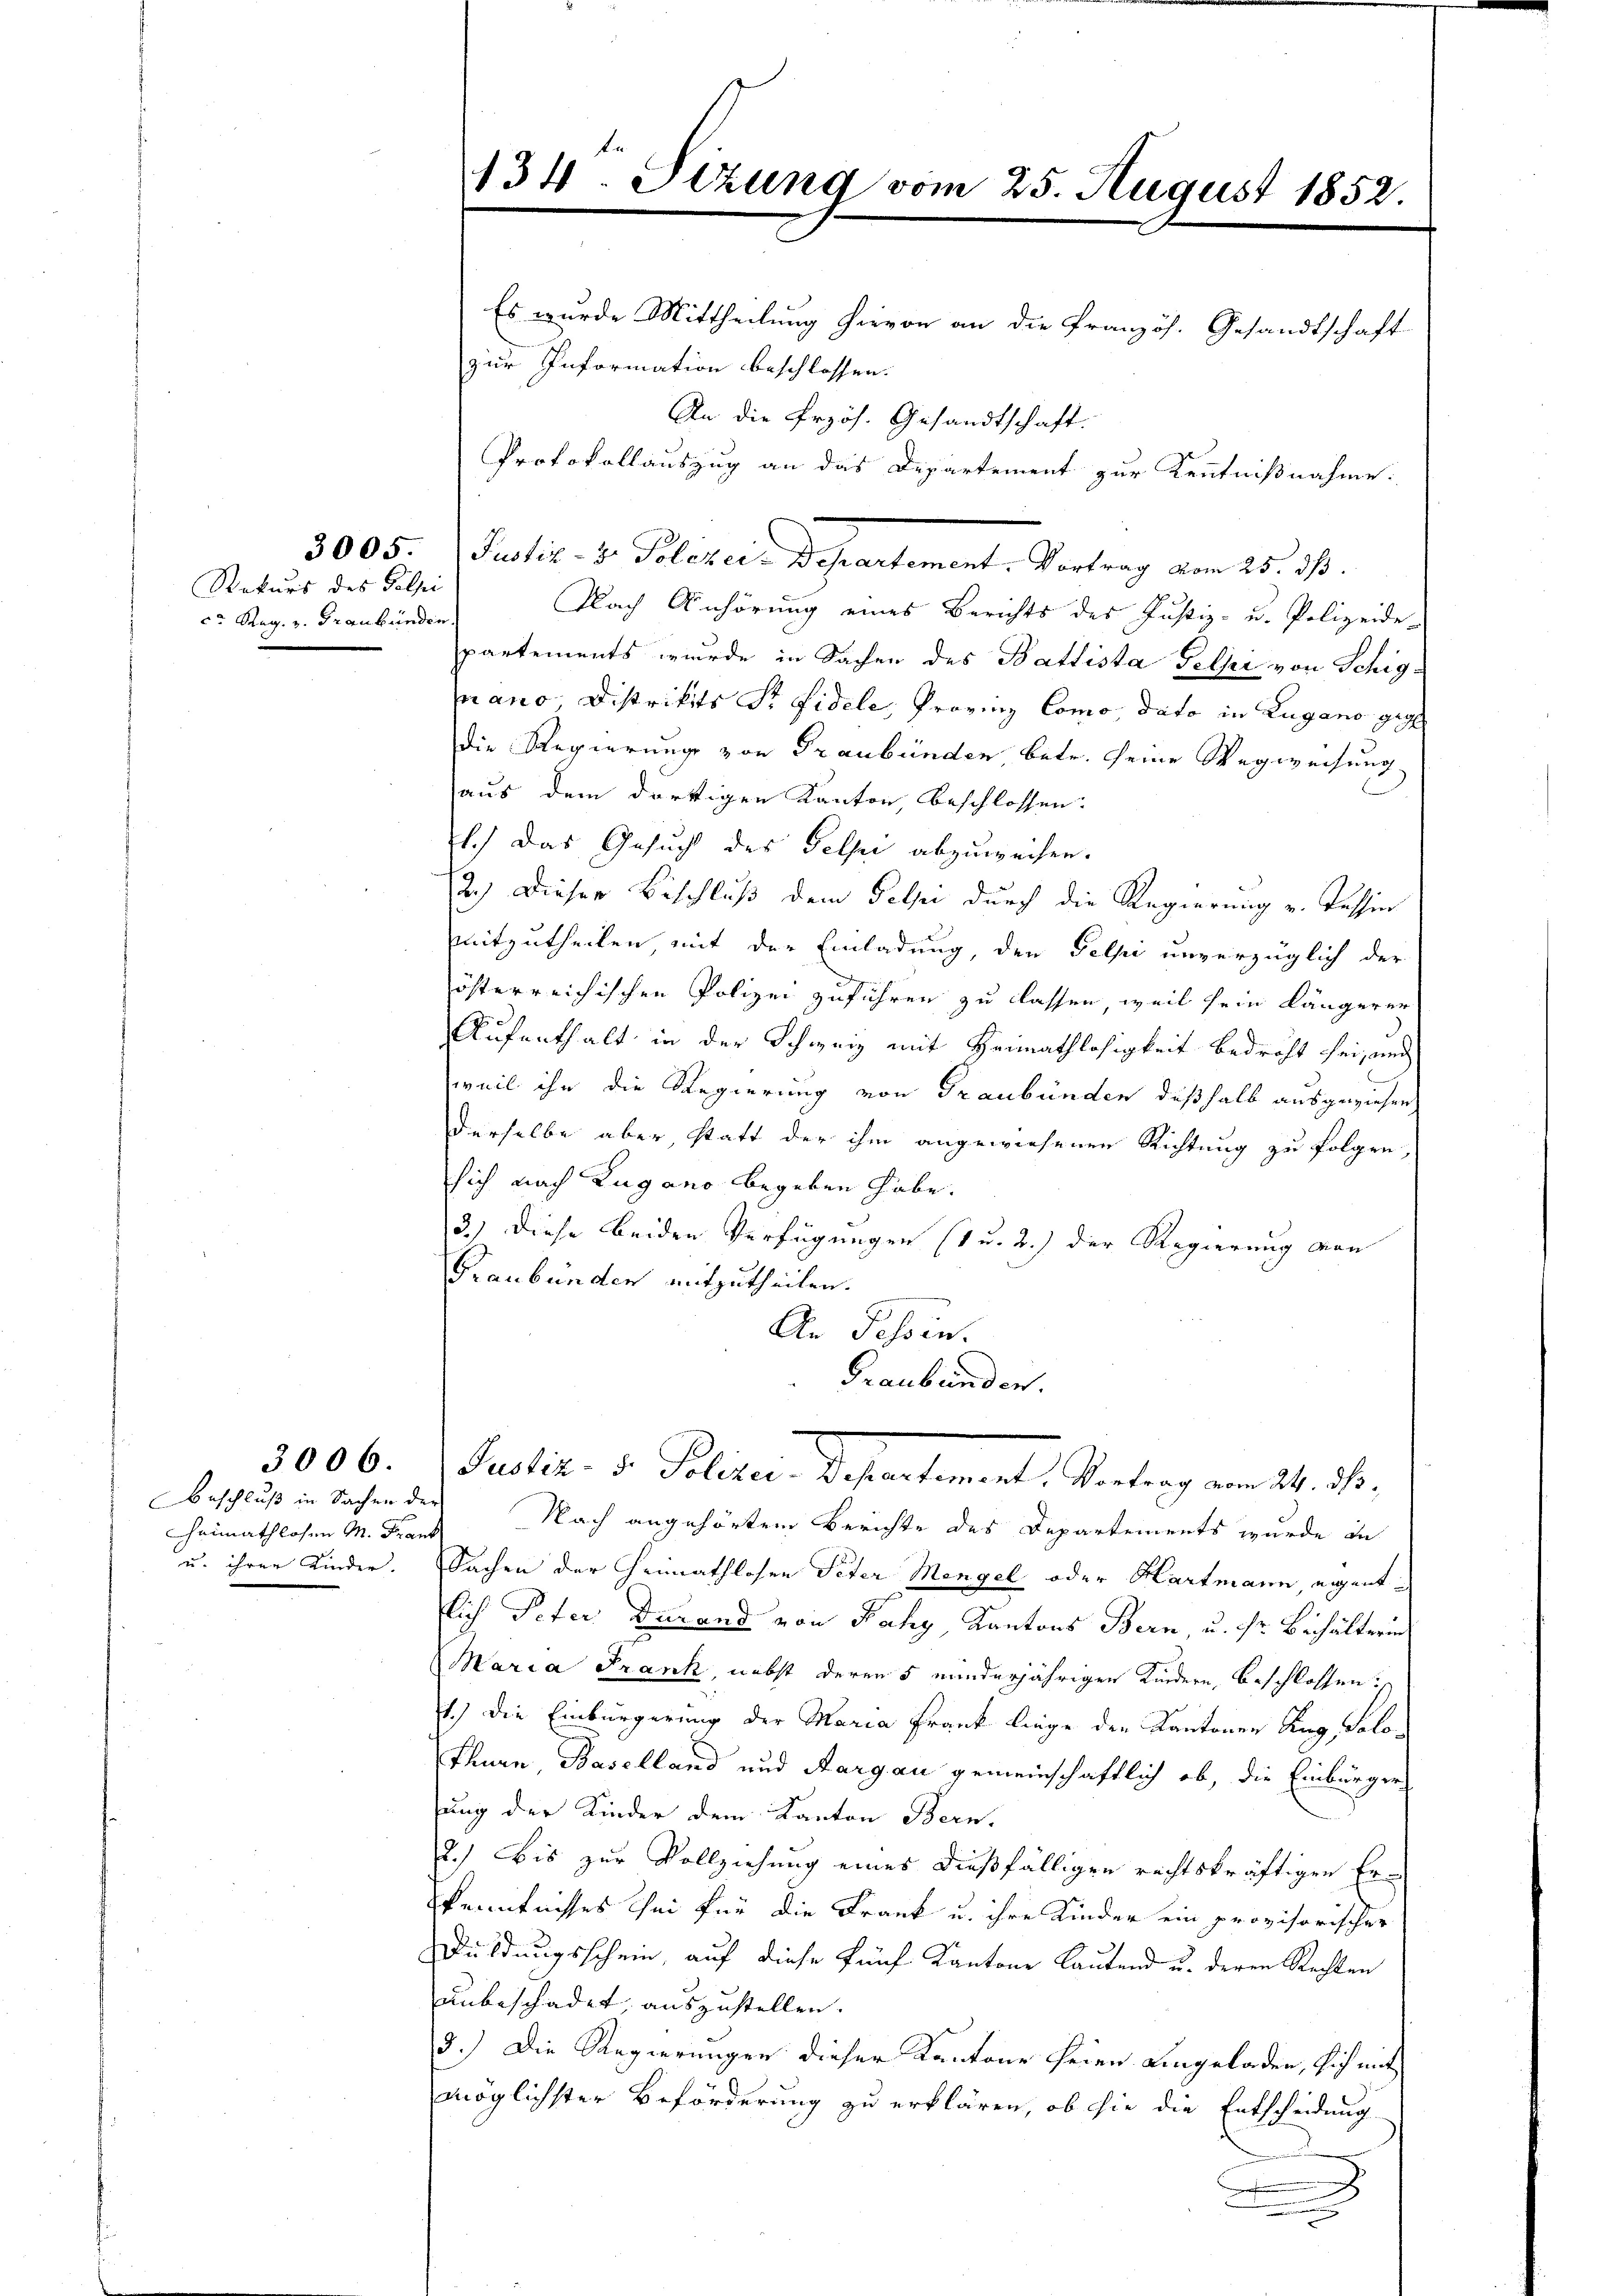
Rekurs des Poli
c. Reg. v. Graubünden.

Beschluß in Sachen der
Hheimathlosen M. Frank
u. ihrer Kinder.

3006.

134. Sizung vom 25. August 1852.

3005. Justiz- & Polckei-Departement. Vortrag vom 25. dß.

zur Information beschlossen.
Nach Anhörung eines Berichts des Justiz- u. Polizeide-
partements wurde in Sachen des Ballista Gelpe von Schigprano Distrikts Sr. Fidele, Provinz Como, dato in Lugano gege
die Regierung von Graubünden betr. seine Wegweisung
aus dem dortigen Kanton, beschlossen:
1.) Das Gesuch des Felsee abzuweisen.
2.) Dieser Beschluß dem Pelze durch die Regierung v. Tessin
mitzutheilen, mit der Einladung, den Selpi unverzüglich der
österreichischen Polizei zuführen zu lassen, weil sein längerer
Aufenthalt in der Schweiz mit Heimathlosigkeit bedroht sei, und
weil ihn die Regierung von Graubünden deßhalb ausgeziehen
derselbe aber, statt der ihm angewiesenen Richtung zu folgen,
sich nach Lugano begeben habe.
3.) Diese beiden Verfügungen (1 u. 2.) der Regierung von
Graubünden mitzutheilen.
An Tessin.
Graubünden.
Petr. d. Polizeir. Departement. Antrag vom 24. ds.
Nach angehörten Berichte des Departements wurde de
Sachen der Heimathlosen Peter Mengel oder Hartmann eigentlich Peter Darand von Nahy Kantons Bern u. dr Behälterin
Maria Frank, nebst deren 5 minderjährigen Kindern, beschlossen:
1.) Die Einbürgerung der Maria Frank liege den Kantonen Zug, Solo-
Thurn Baselland und Aargau gemeinschaftlich ob, die Einbürger
fung der Kinder dem Kanton Bern.
2.) Bis zur Vollziehung eines dießfälligen rechtskräftigen Erkenntnisses thei für die Frank u. ihre Kinder ein provisorischer
Duldungsschein, auf diese fünf Kantone lautend u. deren Rechten
unbeschadet, auszustellen.
3.) Die Regierungen dieser Kantone seien Angeladen, sich mit
möglichster Beförderung zu erklären, ob sie die Entscheidung
.

Es wurde Mittheilung hievon an die Französ. Gesandtschaft
An die frzös. Gesandtschaft.
Protokollauszug an das Departement zur Kenntnißnahme: